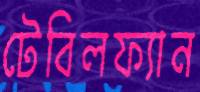
টেবিলফ্যান